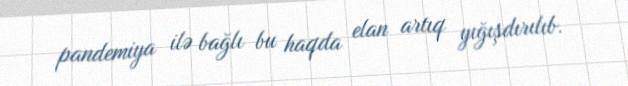
pandemiya ilə bağlı bu haqda elan artıq yığışdırılıb.